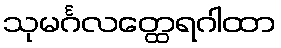
သုမင်္ဂလတ္ထေရဂါထာ